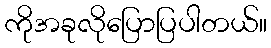
ကိုအခုလိုပြောပြပါတယ်။